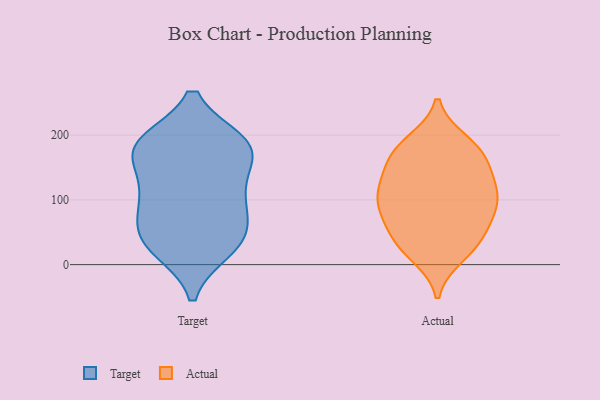
{"axis": {"x": "Satisfaction Score", "y": "Value"}, "legend": ["Actual", "Target"], "data": [{"x": "", "y": 89, "type": "Target"}, {"x": "", "y": 188, "type": "Target"}, {"x": "", "y": 34, "type": "Target"}, {"x": "", "y": 24, "type": "Target"}, {"x": "", "y": 188, "type": "Target"}, {"x": "", "y": 50, "type": "Target"}, {"x": "", "y": 185, "type": "Target"}, {"x": "", "y": 28, "type": "Target"}, {"x": "", "y": 178, "type": "Target"}, {"x": "", "y": 131, "type": "Target"}, {"x": "", "y": 104, "type": "Target"}, {"x": "", "y": 58, "type": "Target"}, {"x": "", "y": 103, "type": "Target"}, {"x": "", "y": 187, "type": "Target"}, {"x": "", "y": 162, "type": "Target"}, {"x": "", "y": 189, "type": "Actual"}, {"x": "", "y": 33, "type": "Actual"}, {"x": "", "y": 88, "type": "Actual"}, {"x": "", "y": 100, "type": "Actual"}, {"x": "", "y": 159, "type": "Actual"}, {"x": "", "y": 119, "type": "Actual"}, {"x": "", "y": 134, "type": "Actual"}, {"x": "", "y": 111, "type": "Actual"}, {"x": "", "y": 74, "type": "Actual"}, {"x": "", "y": 177, "type": "Actual"}, {"x": "", "y": 65, "type": "Actual"}, {"x": "", "y": 123, "type": "Actual"}, {"x": "", "y": 181, "type": "Actual"}, {"x": "", "y": 166, "type": "Actual"}, {"x": "", "y": 28, "type": "Actual"}, {"x": "", "y": 86, "type": "Actual"}, {"x": "", "y": 15, "type": "Actual"}, {"x": "", "y": 37, "type": "Actual"}]}